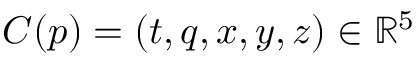
C ( p ) = ( t , q , x , y , z ) \in \mathbb { R } ^ { 5 }